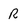
Character: R